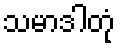
သမာဒါတုံ